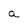
Character: a